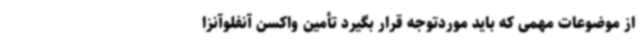
از موضوعات مهمی که باید موردتوجه قرار بگیرد تأمین واکسن آنفلوآنزا